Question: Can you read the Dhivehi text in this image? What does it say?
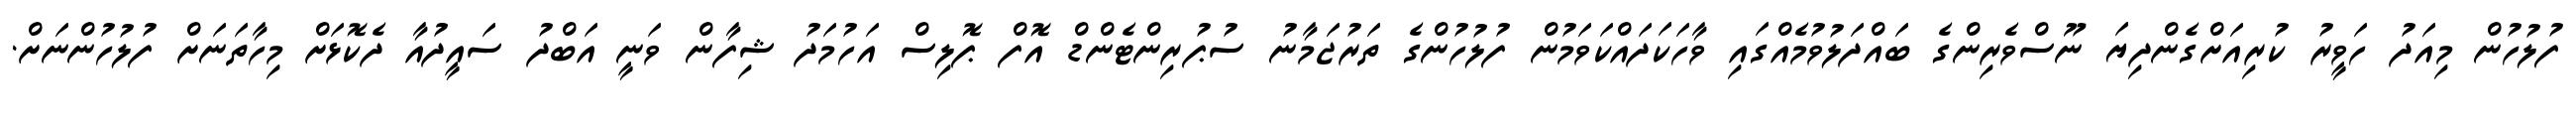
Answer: ފުލުހުން މިއަދު ހަވީރު ކުރިއަށްގެންދިޔަ ނޫސްވެރިންގެ ބައްދަލުވުމެއްގައި ވާހަކަދައްކަވަމުން ފުލުހުންގެ ތަރުޖަމާނު ސުޕުރިންޓެންޑް އޮފް ޕޮލިސް އަހުމަދު ޝިފާން ވަނީ އަބްދު ސައީދުއާ ދެކޮޅަށް މިހާތަނަށް ފުލުހުންނަށް.